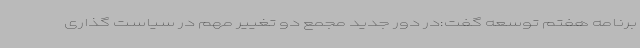
برنامه هفتم توسعه گفت:در دور جدید مجمع دو تغییر مهم در سیاست گذاری